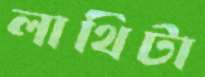
লাথিটা